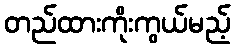
တည်ထားကိုးကွယ်မည့်